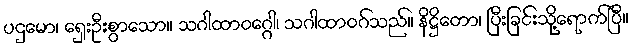
ပဌမော၊ ရှေးဦးစွာသော။ သဂါထာဝဂ္ဂေါ၊ သဂါထာဝဂ်သည်။ နိဋ္ဌိတော၊ ပြီးခြင်းသို့ရောက်ပြီ။